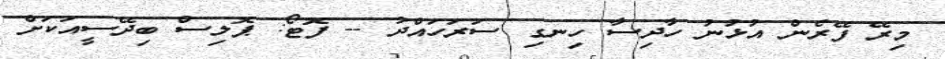
މިރޭ ފޭރެން އުޅުނު ހާދިސާ ހިނގި ސަރަހައްދު -- ފޮޓޯ: ޕޮލިސް ބިދޭސީއަކަށް